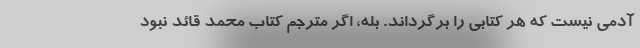
آدمی نیست که هر کتابی را برگرداند. بله، اگر مترجم کتاب محمد قائد نبود